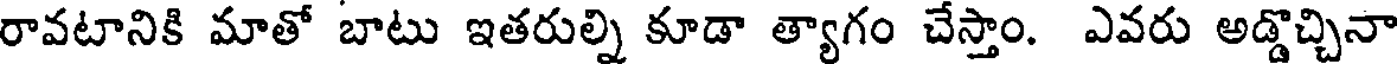
రావటానికి మాతో బాటు ఇతరుల్ని కూడా త్యాగం చేస్తాం. ఎవరు అడ్డొచ్చినా